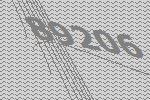
89206